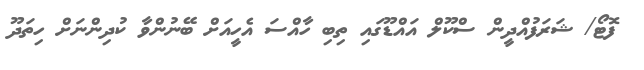
ފޮޓޯ/ ޝަރަފުއްދީން ސްކޫލް އައްޑޫގައި ތިބި ހާއްސަ އެހީއަށް ބޭނުންވާ ކުދިންނަށް ހިތަދޫ